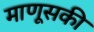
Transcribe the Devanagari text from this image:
माणूसकी